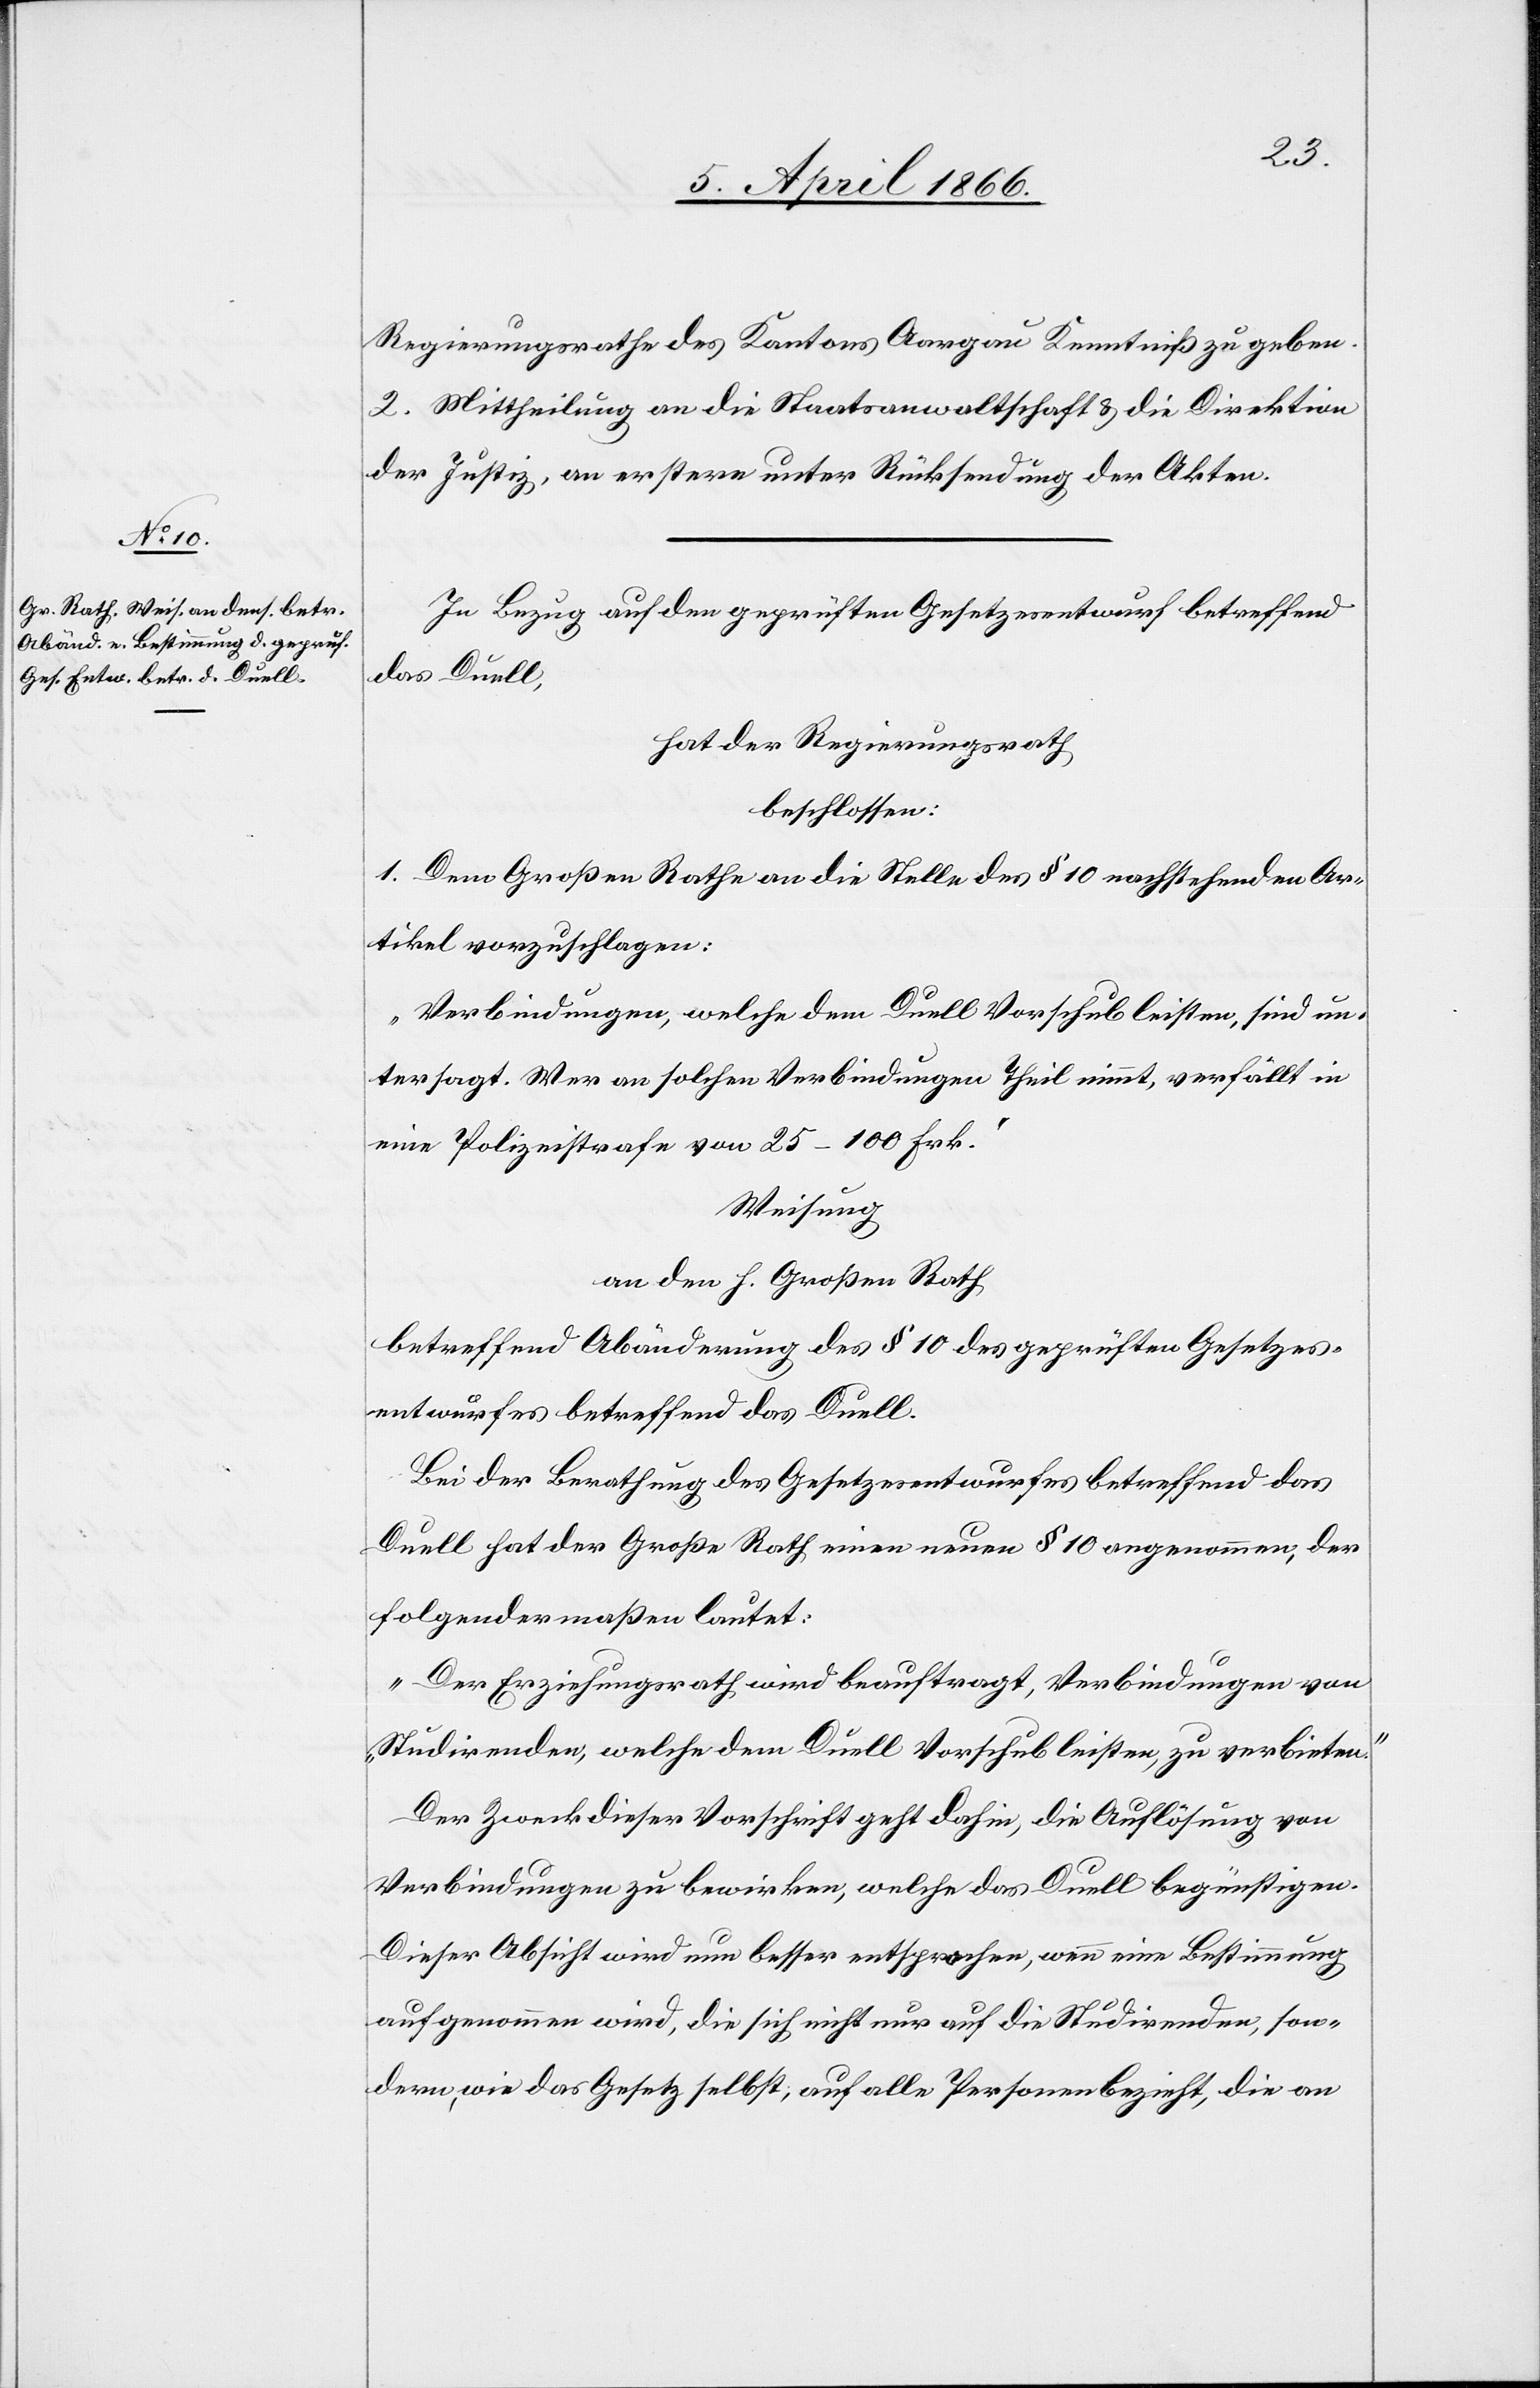
Regierungsrathe des Kantons Aargau Kenntniß zu geben.
2. Mittheilung an die Staatsanwaltschaft u. die Direktion
der Justiz, an erstere unter Rücksensendung der Akten.
In Bezug auf den geprüften Gesetzesentwurf betreffend
das Duell,
hat der Regierungsrath,
beschlossen:
1. Dem Großen Rathe an die Stelle des § 10 nachstehenden Ar¬
tikel vorzuschlagen:
„Verbindungen, welche dem Duell Vorschub leisten, sind un¬
tersagt. Wer an solchen Verbindungen Theil nimmt, verfällt in
eine Polizeistrafe von 25–100 Frk.“
Weisung
an den h. Großen Rath
betreffend Abänderung des § 10 des geprüften Gesetzes¬
entwurfes betreffend das Duell.
Bei der Berathung des Gesetzesentwurfes betreffend das
Duell hat der Große Rath einen neuen § 10 angenommen, der
folgendermaßen lautet:
„Der Erziehungsrath wird beauftragt, Verbindungen von
Studierenden, welche dem Duell Vorschub leisten, zu verbieten.“
Der Zweck dieser Vorschrift geht dahin, die Auflösung von
Verbindungen zu bewirken, welche das Duell begünstigen.
Dieser Absicht wird nun besser entsprochen, wenn eine Bestimmung
aufgenommen wird, die sich nicht nur auf die Studierenden, son¬
dern, wie das Gesetz selbst, auf alle Personen bezieht, die an